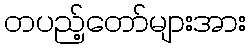
တပည့်တော်များအား